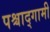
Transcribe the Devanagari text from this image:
पश्चाद्गामी